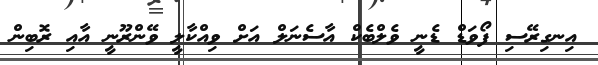
އިނގިރޭސި ފޯވަޑް ޑެނީ ވެލްބެކް އާސެނަލް އަށް ވިއްކާލީ ވޭންރޫނީ އާއި ރޮބިން